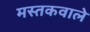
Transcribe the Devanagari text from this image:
मस्तकवाले